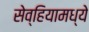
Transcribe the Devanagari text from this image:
सेव्हियामध्ये